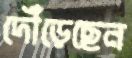
দৌঁড়েছেন